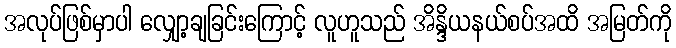
အလုပ်ဖြစ်မှာပါ လျှော့ချခြင်းကြောင့် လူဟူသည် အိန္ဒိယနယ်စပ်အထိ အမြတ်ကို